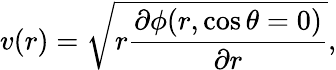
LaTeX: v(r)=\sqrt{r\frac{\partial\phi(r,\cos\theta=0)}{\partial r}},